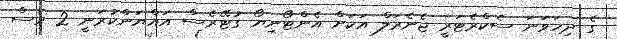
ގެ ދިހަވަނަ ސެކްރެޓަރީ ޖެނެރަލް އަކަށް އެންޓޯނިޔޯ ގުޓޭރެސް އައްޔަންކުރަނީ 2 މަސް